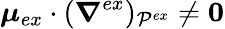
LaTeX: \boldsymbol{\mu}_{ex}\cdot(\boldsymbol{\nabla}^{ex})_{\mathcal{P}^{ex}}\neq\boldsymbol{0}